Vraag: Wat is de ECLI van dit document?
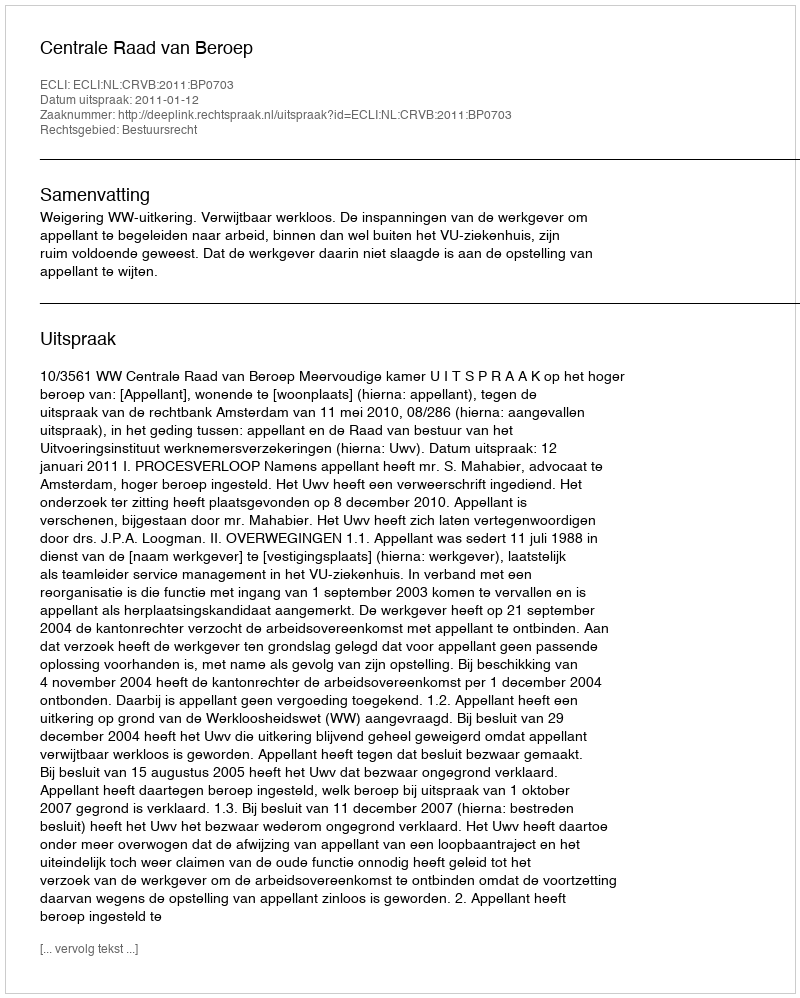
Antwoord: ECLI:NL:CRVB:2011:BP0703